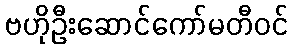
ဗဟိုဦးဆောင်ကော်မတီဝင်